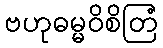
ဗဟုဓမ္မဝိစိတြံ